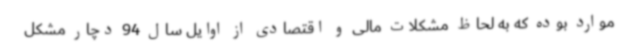
موارد بوده که به لحاظ مشکلات مالی و اقتصادی از اوایل سال 94 دچار مشکل